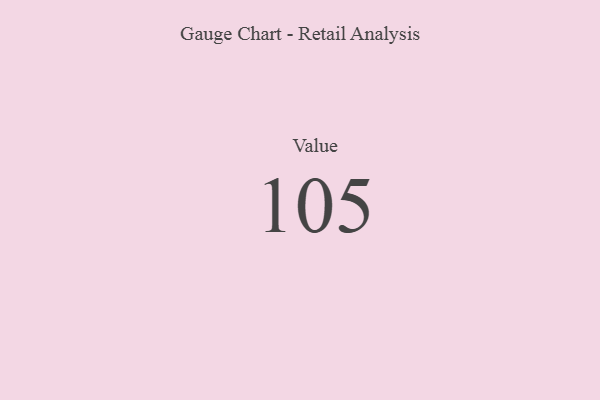
{"axis": {"x": "Metric", "y": "Value"}, "legend": [""], "data": [{"x": "Value", "y": 105, "type": ""}]}